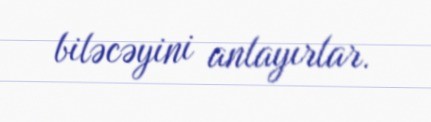
biləcəyini anlayırlar.